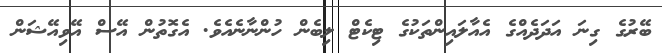
ބޭރުގެ ގިނަ އަދަދެއްގެ އެއާލައިންތަކުގެ ޓިކެޓް ލިބެން ހުންނާނެއެވެ. އެގޮތުން އޭސް އޭވިއޭޝަން